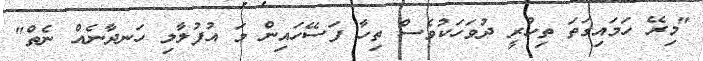
"މިރޭ ހަމައިގަތަ ތިހުރީ ދުވަހަކުވެސް ތިހާ ފަސޭހައިން މަ އުފުލާލި ހަނދާނެއް ނެތް"